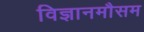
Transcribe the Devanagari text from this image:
विज्ञानमौसम